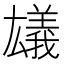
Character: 𠬗